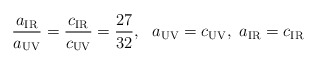
\begin{align*}\frac{a_{\rm IR}}{a_{\rm UV}}=\frac{c_{\rm IR}}{c_{\rm UV}} =\frac{27}{32},~~a_{\rm UV}=c_{\rm UV},~a_{\rm IR}=c_{\rm IR}\end{align*}